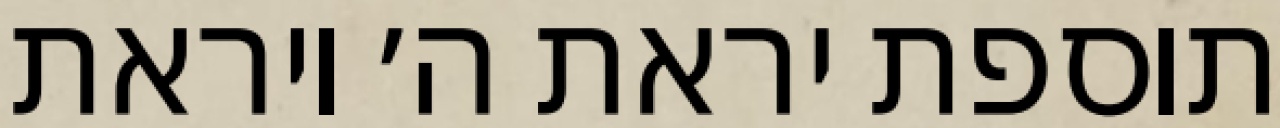
תוספת יראת ה׳ ויראת